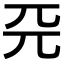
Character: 𠀘